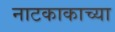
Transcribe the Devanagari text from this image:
नाटकाकाच्या